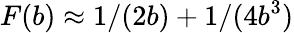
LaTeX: F(b)\approx 1/(2b)+1/(4b^{3})